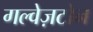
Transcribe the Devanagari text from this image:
गल्वेज़टोन